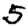
Digit: 5